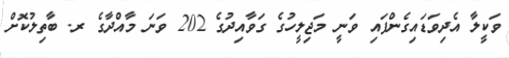
ވަކީލާ އެދިވަޑައިގެންފައި ވަނީ މަޖިލީހުގެ ގަވާއިދުގެ 202 ވަނަ މާއްދާގެ ރ. ބާތިލުކޮށް